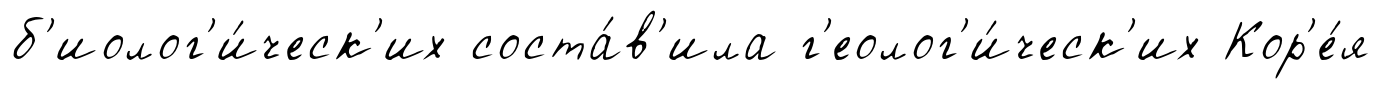
б'иолог'и́ческ'их соста́в'ила г'еолог'и́ческ'их Кор'е́я